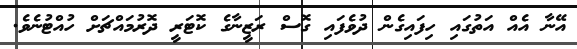
އޭނާ އެއް އަތުގައި ހިފައިގެން ދުވެފައި ގޮސް ރަޒީނާގެ ކޮޓަރީ ދޮރުމައްޗަށް ހުއްޓުނެވެ.